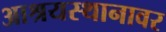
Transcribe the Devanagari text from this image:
आश्रयस्थानावर